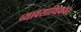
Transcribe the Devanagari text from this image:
व्यावसायिकवर